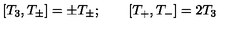
[ T _ { 3 } , T _ { \pm } ] = \pm T _ { \pm } ; \qquad [ T _ { + } , T _ { - } ] = 2 T _ { 3 }